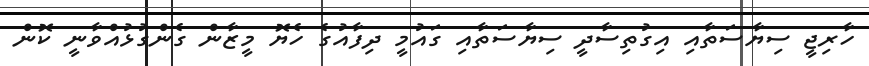
ހާރިޖީ ސިޔާސަތާއި އިގުތިސާދީ ސިޔާސަތާއި ގައުމީ ދިފާއުގެ ހެޔޮ މީޒާން ގެންގުޅުއްވާނީ ކޮން